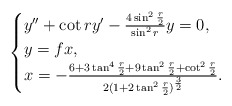
\begin{align*}\begin{cases}y''+\cot ry'-\frac{4\sin^{2}\frac{r}{2}}{\sin^2r}y=0,\\y=f x,\\x=-\frac{6+3\tan^4\frac{r}{2}+9\tan^2\frac{r}{2}+\cot^2\frac{r}{2}}{2(1+2\tan^2\frac{r}{2})^{\frac{3}{2}}}.\end{cases}\end{align*}